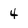
Character: 4